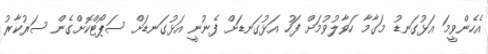
އެހެންވީމަ އަޅުގަނޑު މަގާމާ ހަވާލުވުމަށް ފަހު އަޅުގަނޑަށް ފެނުނީ އަޅުގަނޑަށް ސަޕޯޓްކޮށްގެން ސަރުކާރު